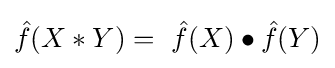
{\hat {f}}(X*Y)=\ {\hat {f}}(X)\bullet {\hat {f}}(Y)